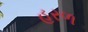
હરળ